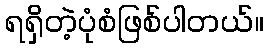
ရရှိတဲ့ပုံစံဖြစ်ပါတယ်။